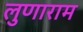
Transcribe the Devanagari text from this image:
लुणाराम